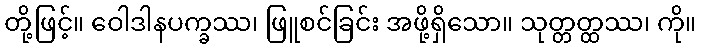
တို့ဖြင့်။ ဝေါဒါနပက္ခဿ၊ ဖြူစင်ခြင်း အဖို့ရှိသော။ သုတ္တတ္ထဿ၊ ကို။